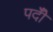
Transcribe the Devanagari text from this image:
पदीँ